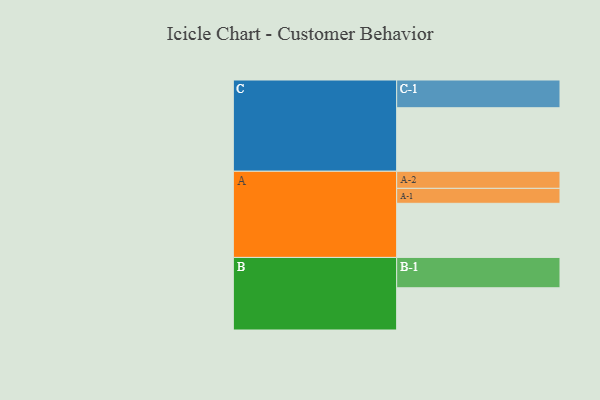
{"axis": {"x": "Segment", "y": "Value"}, "legend": ["", "A", "B", "C"], "data": [{"x": "A", "y": 478, "type": ""}, {"x": "B", "y": 373, "type": ""}, {"x": "C", "y": 561, "type": ""}, {"x": "A-1", "y": 132, "type": "A"}, {"x": "A-2", "y": 151, "type": "A"}, {"x": "B-1", "y": 268, "type": "B"}, {"x": "C-1", "y": 245, "type": "C"}]}